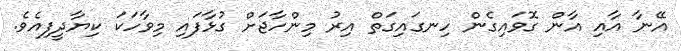
އޭނާ އާއި އާން ގޮވައިގެން ހިނގައިގަތް އިރު މިންހާޖަށް ގުޅާފައި މިވާހަކަ ކިޔާދީފިއެވެ.